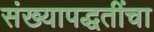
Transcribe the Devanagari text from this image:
संख्यापद्धतींचा